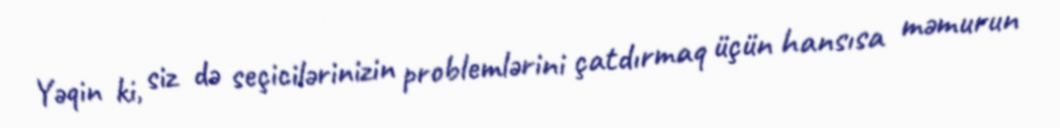
Yəqin ki, siz də seçicilərinizin problemlərini çatdırmaq üçün hansısa məmurun